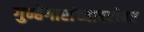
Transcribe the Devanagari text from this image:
गुन्हेगारांच्याबरोबर